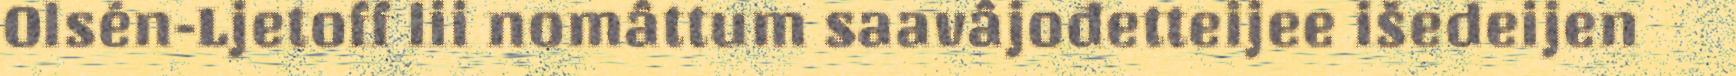
Olsén-Ljetoff lii nomâttum saavâjođetteijee išedeijen